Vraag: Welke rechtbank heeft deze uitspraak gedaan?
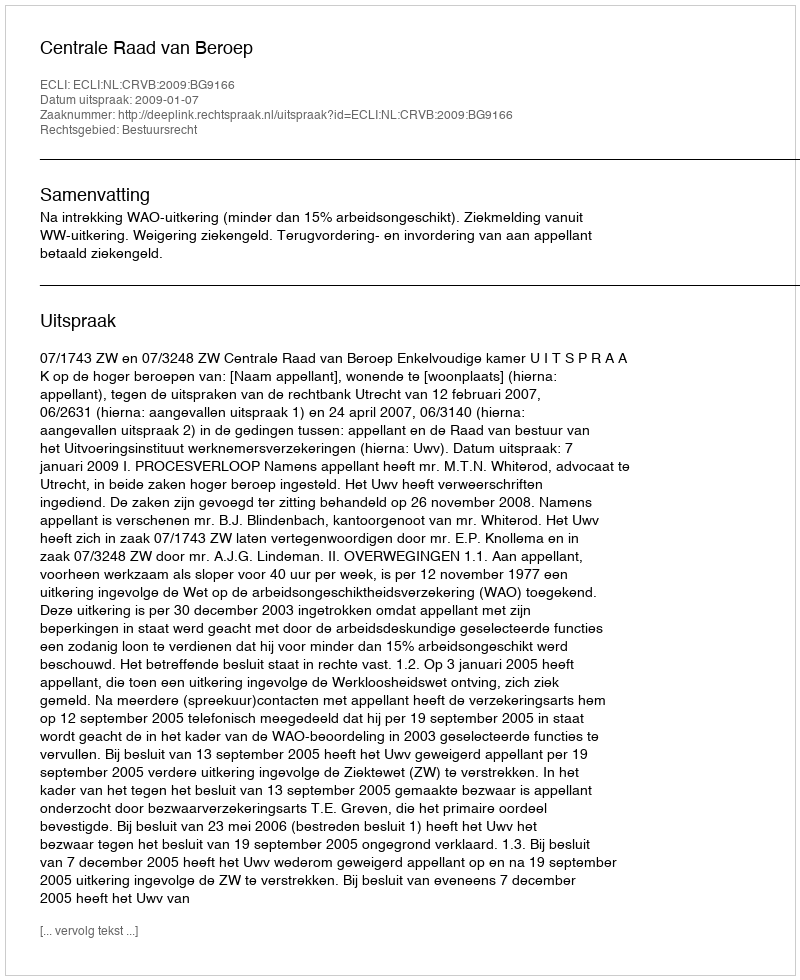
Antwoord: Centrale Raad van Beroep